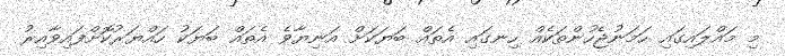
މި މައްލައިގައި ހަމަނުޖެހުންތަކެއް ހިނގައި އެތައް ބަޔަކަށް އަނިޔާވެ އެތައް ބަޔަކު ހައްޔަރުކޮށްފައިވާއިރު